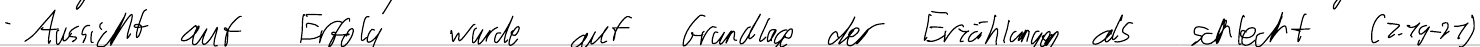
- Aussicht auf Erfolg wurde auf Grundlage der Erzählung als schlecht (Z.19-21)